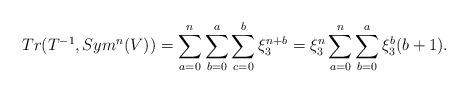
LaTeX: \begin{align*}Tr(T^{-1}, Sym^n(V)) &= \sum_{a=0}^n \sum_{b=0}^a \sum_{c=0}^b \xi_3^{n+b} = \xi_3^{n} \sum_{a=0}^n \sum_{b=0}^a \xi_3^{b}(b+1). \end{align*}